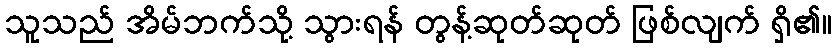
သူသည် အိမ်ဘက်သို့ သွားရန် တွန့်ဆုတ်ဆုတ် ဖြစ်လျက် ရှိ၏။